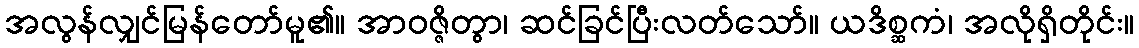
အလွန်လျှင်မြန်တော်မူ၏။ အာဝဇ္ဇိတွာ၊ ဆင်ခြင်ပြီးလတ်သော်။ ယဒိစ္ဆကံ၊ အလိုရှိတိုင်း။